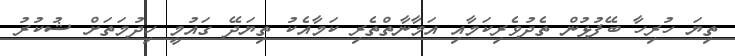
ތިޔަ ހުރިހާ ބޭފުޅުން ތެދުވެރިކަމާއި އަމާނާތްތެރި ކަމާއެކު ތިޔަދޭ ގައުމީ ހިދުމަތަށް ޝުކުރު